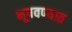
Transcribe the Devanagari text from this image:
भूषवण्यात